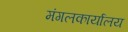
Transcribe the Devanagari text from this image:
मंगलकार्यालय